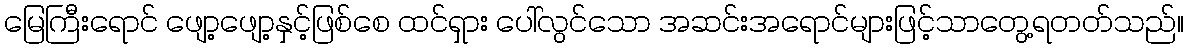
မြေကြီးရောင် ဖျော့ဖျော့နှင့်ဖြစ်စေ ထင်ရှား ပေါ်လွင်သော အဆင်းအရောင်များဖြင့်သာတွေ့ရတတ်သည်။